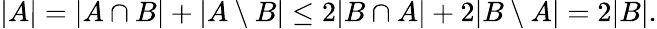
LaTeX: |A|=|A\cap B|+|A\setminus B|\leq 2|B\cap A|+2|B\setminus A|=2|B|.